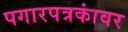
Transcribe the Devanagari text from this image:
पगारपत्रकांवर